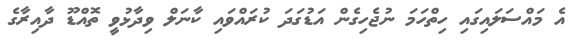
އެ މައްސަލައިގައި ހިތްހަމަ ނުޖެހިގެން އަޑުގަދަ ކުރައްވައި ކާނަލް ވިދާޅުވީ ތޮއްޑޫ ދާއިރާގެ